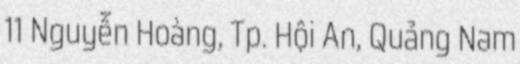
11 Nguyễn Hoàng, Tp. Hội An, Quảng Nam